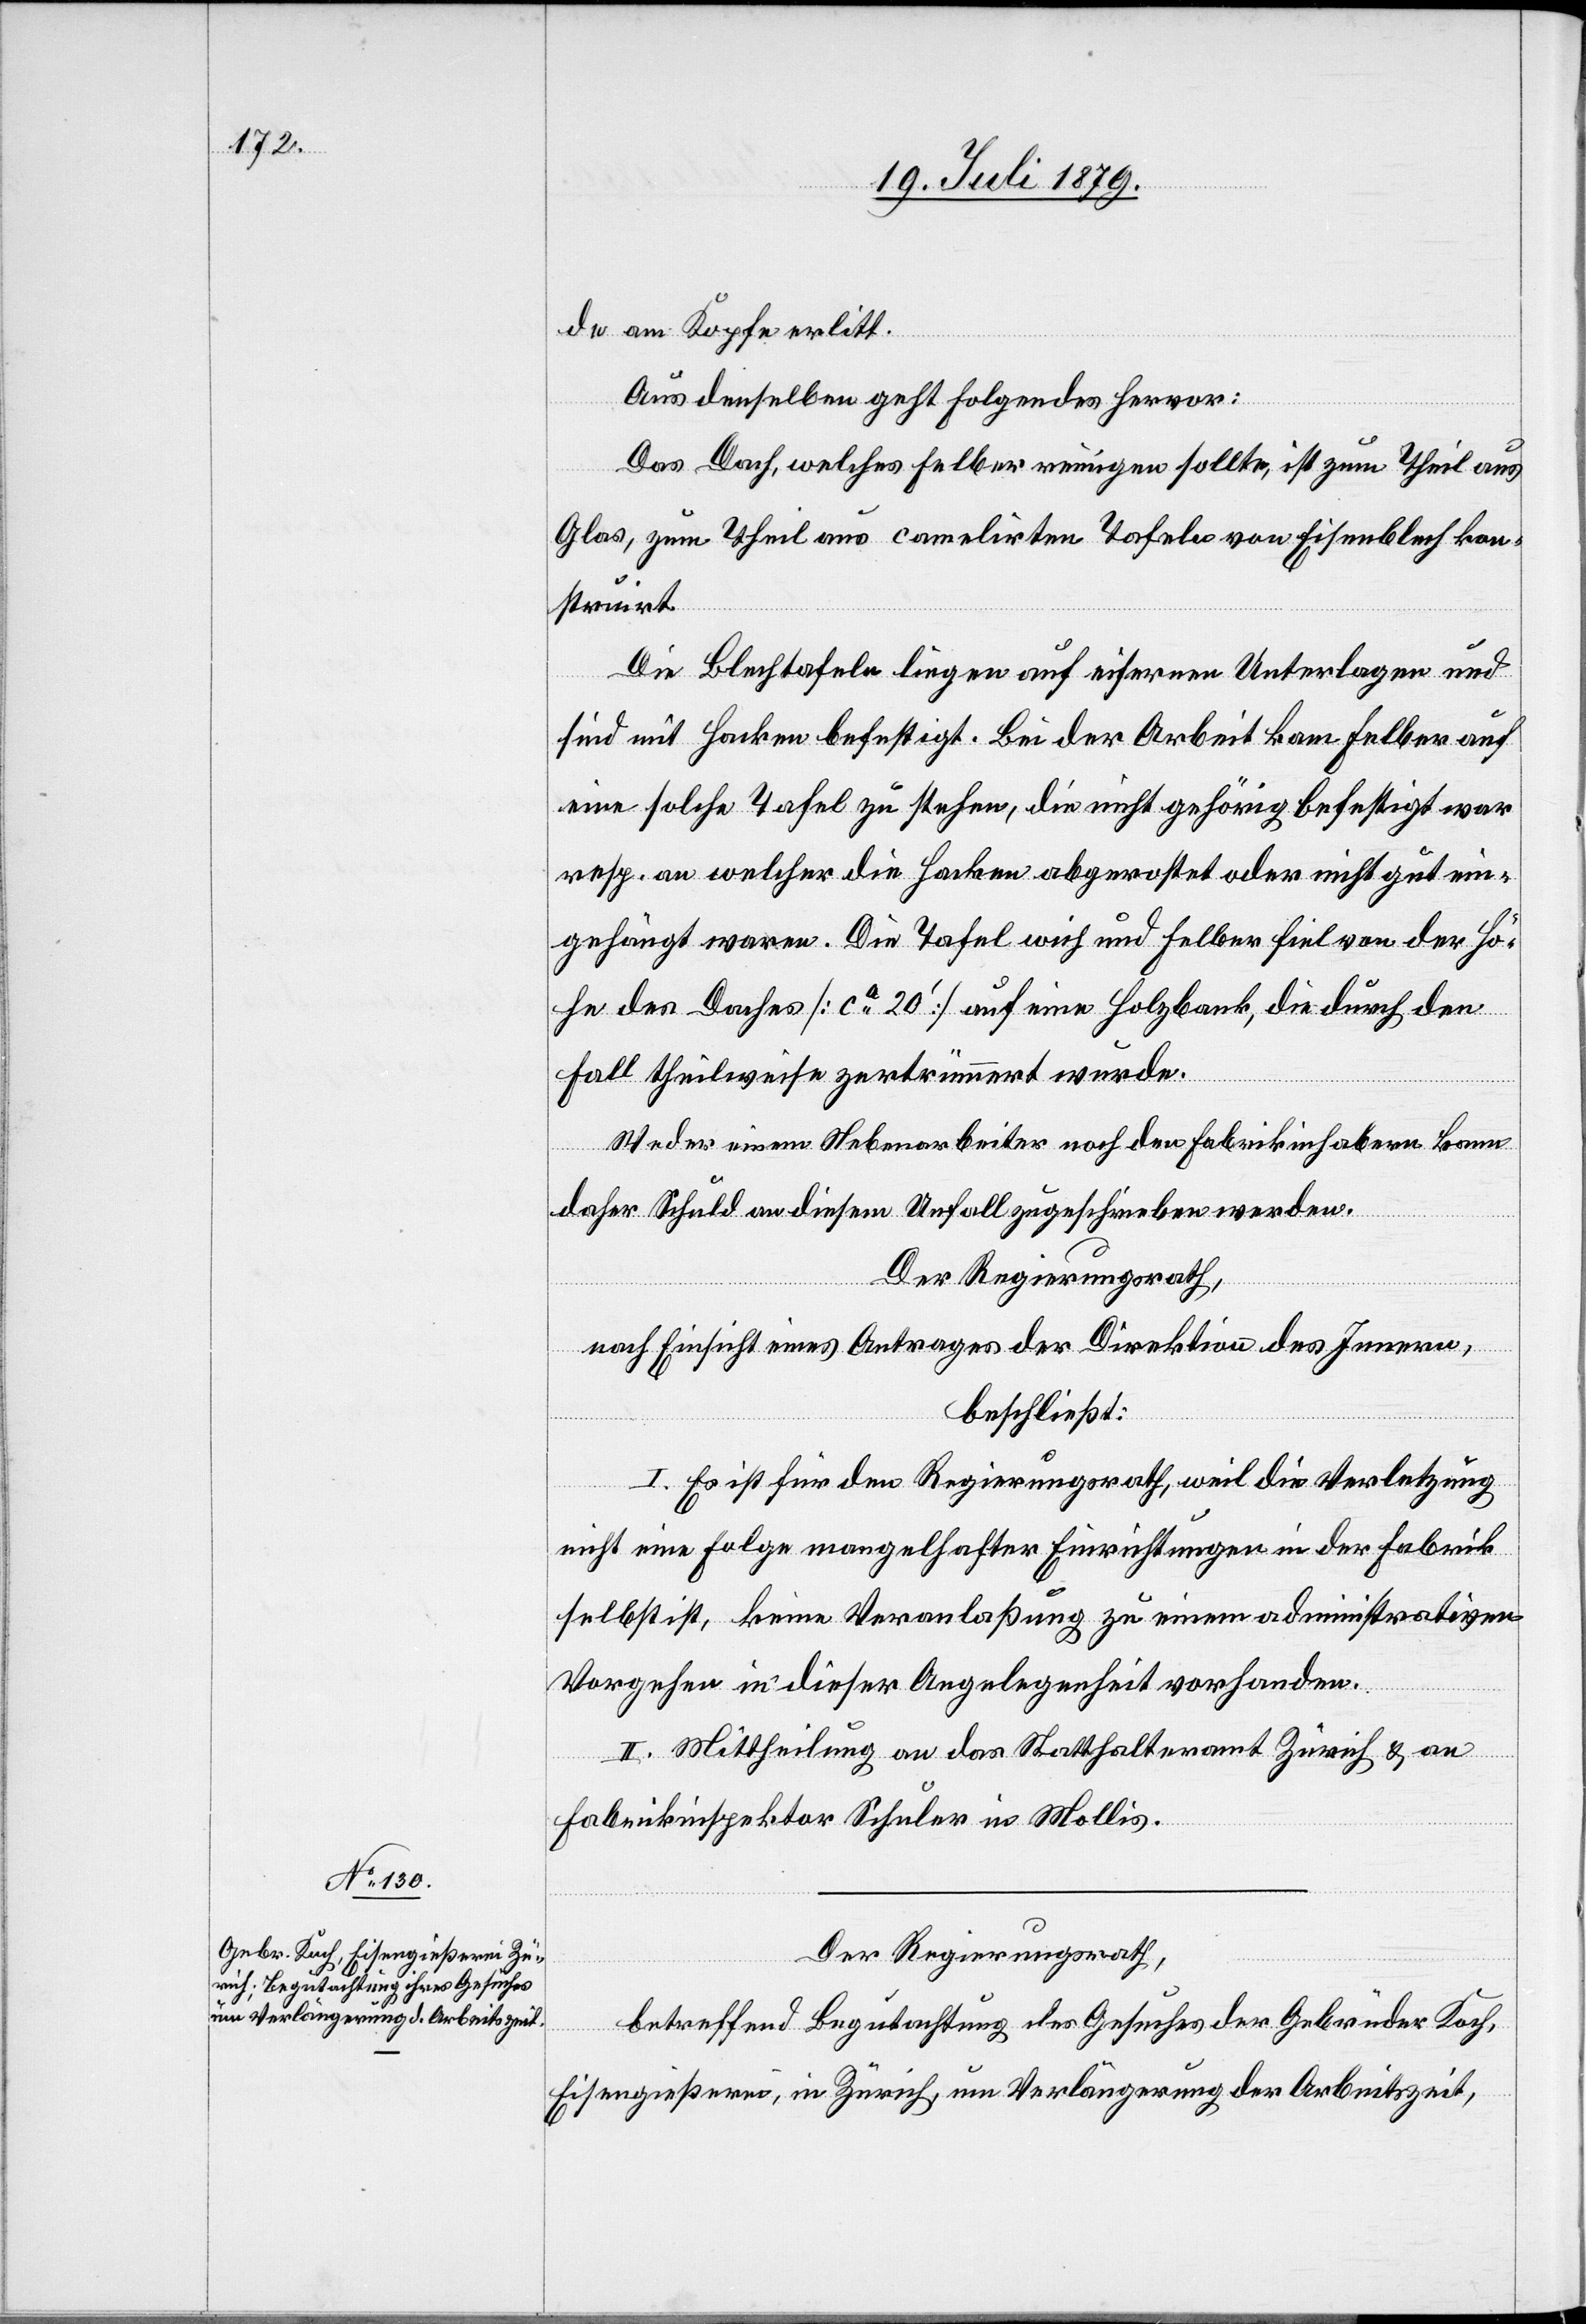
de am Kopfe erlitt.
Aus denselben geht Folgendes hervor:
Das Dach, welches Felber reinigen sollte, ist zum Theil aus
Glas, zum Theil aus camelirten Tafeln von Eisenblech kon¬
struirt.
Die Blechtafeln liegen auf eisernen Unterlagen und
sind mit Hacken befestigt. Bei der Arbeit kam Felber auf
eine solche Tafel zu stehen, die nicht gehörig befestigt war
resp. an welcher die Hacken abgerostet oder nicht gut ein¬
gehängt waren. Die Tafel wich und Felber fiel von der Hö¬
he des Daches [ca 20‘] auf eine Holzbank, die durch den
Fall theilweise zertrümmert wurde.
Weder einem Nebenarbeiter noch den Fabrikinhabern kann
daher Schuld an diesem Unfall zugeschrieben werden.
Der Regierungsrath,
nach Einsicht eines Antrages der Direktion des Innern,
beschließt:
I. Es ist für den Regierungsrath, weil die Verletzung
nicht eine Folge mangelhafter Einrichtungen in der Fabrik
selbst ist, keine Veranlaßung zu einem administrativen
Vorgehen in dieser Angelegenheit vorhanden.
II. Mittheilung an das Statthalteramt Zürich & an
Fabrikinspektor Schuler in Mollis.
Der Regierungsrath,
betreffend Begutachtung des Gesuches der Gebrüder Koch,
Eisengießerei, in Zürich, um Verlängerung der Arbeitszeit,